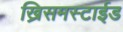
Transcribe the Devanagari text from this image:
ख्रिसमस्टाईड